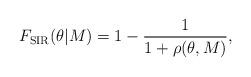
LaTeX: \begin{align*} F_{\textrm{SIR}}(\theta | M) = 1-\frac{1}{1+\rho(\theta,M)},\end{align*}